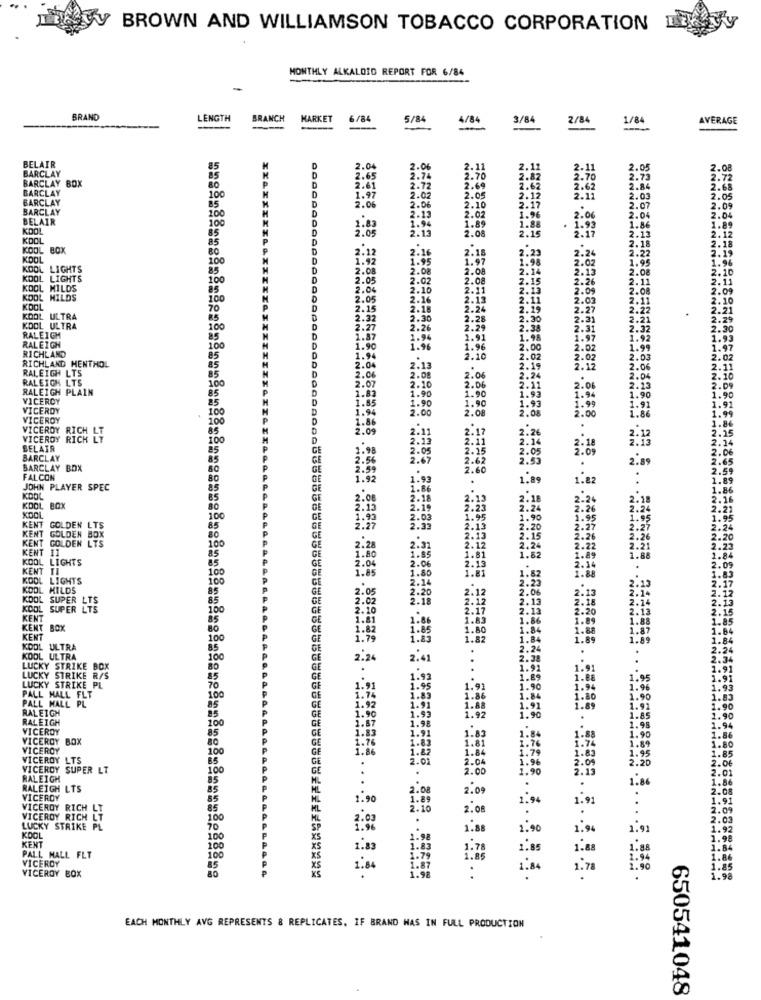
V BROWN AND WILLIAMSON TOBACCO CORPORATION
MONTHLY ALKALOID REPORT FOR 6/84
-
BRAND
LENGTH
BRANCH
MARKET
6/84
5/84
4/84
3/84
2/84
1/84
AVERAGE
--
BELAIR
BARCLAY
85
D
2.04
2.06
2.11
2.15
2.05
2.08
BARCLAY BOX
D
2.65
2.74
2.70
2.87
2.70
2.73
2.72
BARCLAY
80
D
D
2.61
2.72
2.69
2.05
2.62
2.84
2.68
BARCLAY
100
1.97
2.02
2.17
2.12
2.11
2.03
2.05
BARCLAY
85
2.06
2.06
2.10
1.96
2.07
2.09
BELAIR
100
2.13
2.02
1.88
2.04
KOOL
85
100
2.05
1.94
2.13
1.89
2.08
2.15
2.23
1.86
2.12
1.89
KOOL
85
2.18
2.
.18
KOOL BOX
2.16
2.18
2.52
KOOL
100
1.92
2.12
1.95
1.97
2.23
1.98
2.2
KOOL LIGHTS
85
D
2.08
2.08
2.08
2.14
KOOL LIGHTS
100
2.05
2.02
2.08
2.15
2.15
MILDS
85
D
1.04
2.10
2.11
2.13
2.26
2.05
KOOL MILDS
100
2.05
2.16
2.1
2.11
2.03
KOOL
70
D
2.15
2.18
2.24
2.29
KOOL ULTRA
85
2.32
2.30
2.28
2.30
2.21
KOOL ULTRA
100
2.27
2.26
2.29
2.38
2.31
RALEIGH
RALEIGH
85
1.87
1.94
2.91
1.98
RICHLAND
100
1.90
1.96
1.96
2.00
2.02
RICHLAND MENTHOL
85
D
1.94
2.10
2.02
2.02
RALEIGH LTS
85
D
2.04
2.13
2.19
2.12
RALEIGH LTS
85
2.06
2.08
2.06
2.06
2.24
2.04
RALEIGH PLAIN
100
2.07
2.10
2.11
1.93
2.06
VICEROY
85
85
1.85
1.83
1.90
1.90
1.90
1.93
1.94
1.90
VICEROY
100
1.94
2.00
1.90
2.08
2.06
1.91
1.86
VICEROY
100
1.86
VICEROY RICH LT
85
2.09
2.17
2.26
VICEROY RICH LT
100
2.1
2.14
3.12
BELAIR
25
1.98
2.05
2.55
2.05
BARCLAY
85
GE
2.62
2.53
2.89
BARCLAY BOX
2:59
.
2.
FALCON
80
1.92
1.93
1.89
1.82
JOHN PLAYER SPEC
85
1.86
KDOL
85
GE
2.08
2.18
2.
2.18
2.24
2.11
KDOL BOX
80
GE
2:15
2.19
2.23
2.24
2.24
KOOL
100
GE
1.93
2.03
1.95
1.90
KENT GOLDEN LTS
KENT GOLDEN BOX
85
GE
2.33
2.13
2.20
2.27
KENT GOLDEN LTS
80
100
2.13
2.15
KENT 11
85
GE
GE
2.28
2.31
2.12
2.24
2.22
KOOL LIGHTS
85
1.86
2.06
1.85
1.81
1.82
1.88
KENT TI
100
2.04
1.85
2.15
1.81
KOOL LIGHTS
100
2.14
2.23
.82
KOOL HILDS
85
2.05
2.20
2.06
2:13
KOOL SUPER LTS
85
2.02
2:18
2.12
2.12
KOOL SUPER LTS
100
2.10
2.17
2.13
KENT
85
1.81
1.80
1.83
1.86
1.88
KENT BOX
80
1.82
1.85
1.80
1.84
1.88
KENT
100
1.89
1.82
1.84
KOOL ULTRA
85
.
2.24
KOOL ULTRA
100
2.24
2.41
2.38
.
LUCKY STRIKE BOX
80
.
..
1.91
LUCKY STRIKE R/S
85
1.92
1:2
1.95
LUCKY STRIKE PL
70
1.95
1.90
1.94
PALL MALL PL
PALL HALL FLT
100
1.83
:32
1.84
1.90
RALEIGH
85
1.92
1.91
1.91
RALEIGH
85
100
1.96
1.93
1.98
1.92
1.90
1.85
1.90
VICEROY
85
1.91
1.98
1.94
1.86
VICEROY
BOX
80
1.65
1.82
1.84
1:58
1.89
1.90
VICEROY
100
1.86
1.22
1.76
1.79
1.80
VICEROY LTS
85
2.01
1.84
1.95
2.20
2.06
VICEROY SUPER LT
100
2.00
2.04
1.90
RALEIGH
85
.
1.86
RALEIGH LTS
85
2.09
.
VICEROY
85
1.90
1.94
VICEROY RICH LT
85
2.10
2.0
1.92
:
VICEROY RICH
LT
100
ML
2.00
.
.
LUCKY STRIKE PL
70
1.88
1.90
1.91
KOOL
100
XS
1.98
KENT
100
XS
1.83
1.23
1.78
1.85
1.88
1.88
VICEROY
PALL MALL FLT
100
1.79
1.85
1.94
85
XS
1.8
.
1.84
1.78
VICEROY BOX
80
.
1.98
.
EACH MONTHLY AVG REPRESENTS & REPLICATES, IF BRAND WAS IN FULL PRODUCTION
650541048